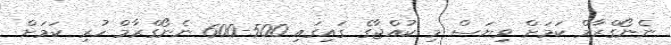
ނެނޯގްރާމް ކަމަށް ވިޔަސް މި ކުއްޖާގެ ގައިގައި 500-600 ނެނޯގްރާމް ހުރި ކަމަށް